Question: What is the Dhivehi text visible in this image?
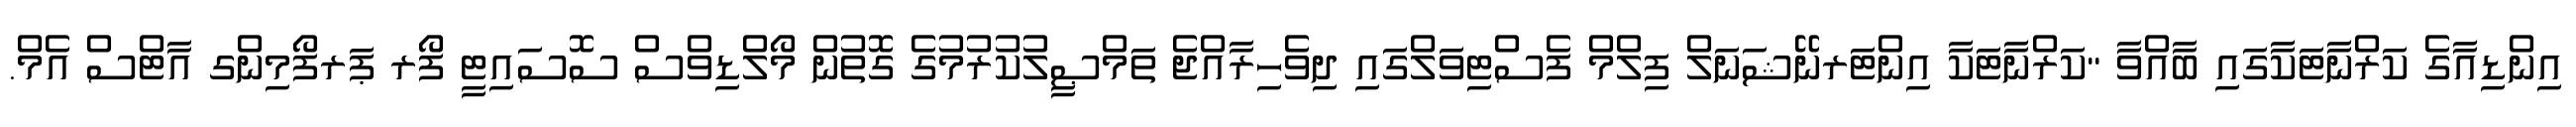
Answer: އިންޑިއާގެ ކަރްނާޓަކާގައި ބާއްވާ "ކަރްނާޓަކާ އިންޓަރނޭޝަނަލް ފިލްމް ފެސްޓިވަލްގައި ދިވެހިރާއްޖެ ތަމްޞީލުކުރުމުގެ ގޮތުން މޯލްޑިވްސް ސޮސައިޓީ ފޯރ ޕަރފޯމިންގ އާޓްސް އެމް.